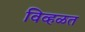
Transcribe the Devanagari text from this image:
विव्हळत